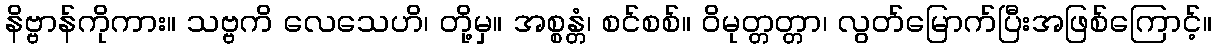
နိဗ္ဗာန်ကိုကား။ သဗ္ဗကိ လေသေဟိ၊ တို့မှ။ အစ္စန္တံ၊ စင်စစ်။ ဝိမုတ္တတ္တာ၊ လွတ်မြောက်ပြီးအဖြစ်ကြောင့်။